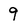
Character: 9